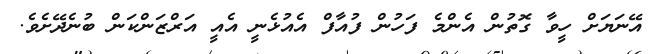
އޭނަޔަށް ހީވާ ގޮތުން އެންމެ ފަހުން ފުއާފް އެއުޅެނީ އެއީ އަރްޒަންކަން ބުނެދޭށެވެ.